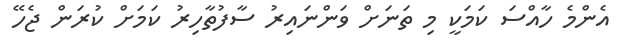
އެންމެ ހާއްސަ ކަމަކީ މި ތަނަށް ވަންނައިރު ސާފުތާހިރު ކަމަށް ކުރަން ޖެހޭ